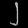
Digit: ၂